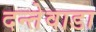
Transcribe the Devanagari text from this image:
दन्तेवाडा